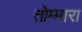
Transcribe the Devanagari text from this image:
तोम्मारा